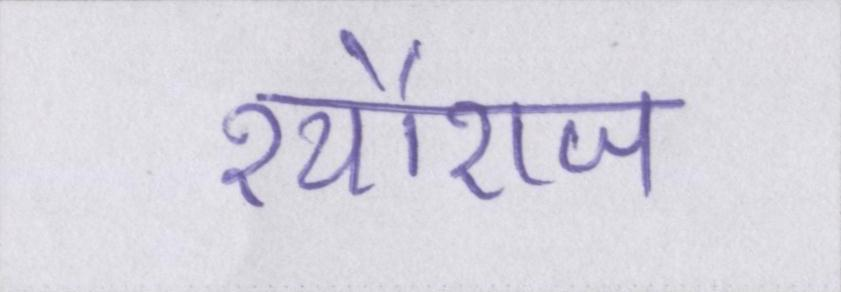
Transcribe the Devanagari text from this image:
श्यौराज